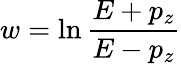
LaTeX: w=\ln{\frac{E+p_{z}}{E-p_{z}}}